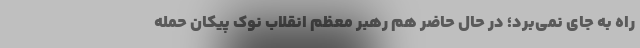
راه به جای نمی‌برد؛ در حال حاضر هم رهبر معظم انقلاب نوک پیکان حمله